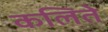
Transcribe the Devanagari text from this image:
कलिते